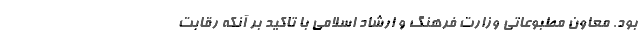
بود. معاون مطبوعاتی وزارت فرهنگ و ارشاد اسلامی با تاکید بر آنکه رقابت